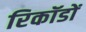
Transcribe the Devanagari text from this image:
रिकॉडों